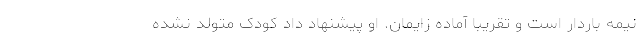
نیمه باردار است و تقریبا آماده زایمان. او پیشنهاد داد کودک متولد نشده